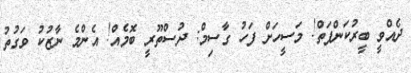
ދެއްވީ ބީރުކަންފަތް! މަސީހަށް ފަހު ގާސިމް: ދުސްތޫރީ ބޮމެއް! އެންމެ ނާޒުކު ވަގުތު